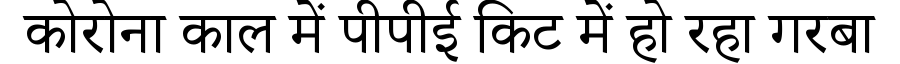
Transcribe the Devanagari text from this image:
कोरोना काल में पीपीई किट में हो रहा गरबा